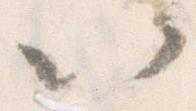
以